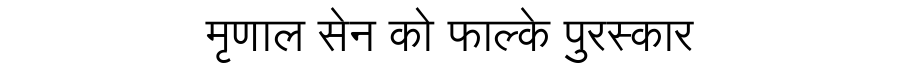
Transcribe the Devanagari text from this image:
मृणाल सेन को फाल्के पुरस्कार